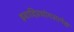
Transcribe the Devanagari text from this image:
इवादिप्रयोगसापेक्ष